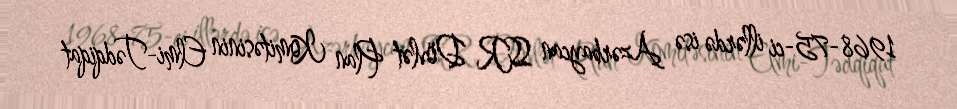
1968-75-ci illərdə isə Azərbaycan SSR Dövlət Plan Komitəsinin Elmi-Tədqiqat